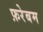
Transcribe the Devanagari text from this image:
फ़रेबम